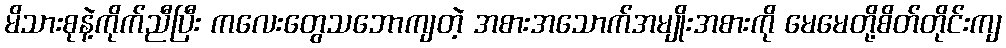
မိသားစုနဲ့ကိုက်ညီပြီး ကလေးတွေသဘောကျတဲ့ အစားအသောက်အမျိုးအစားကို မေမေတို့စိတ်တိုင်းကျ